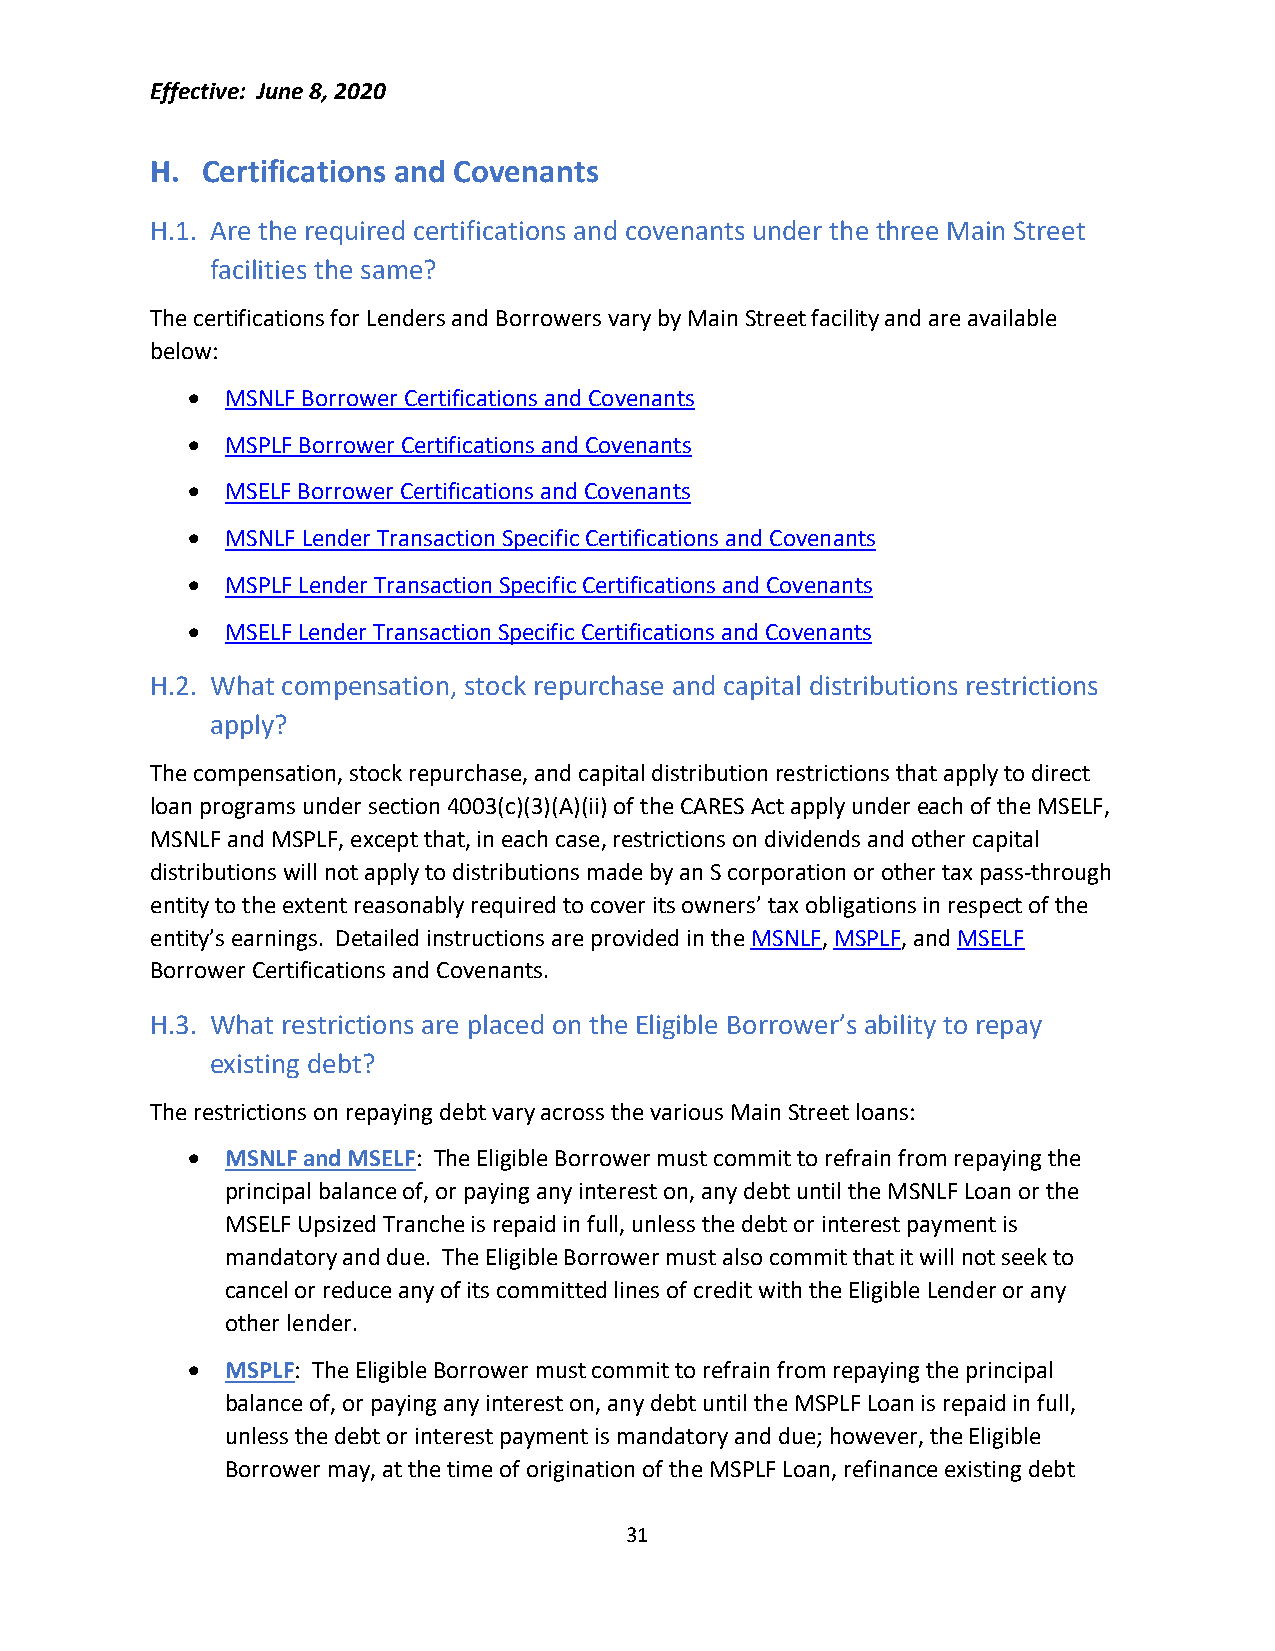
Effective: June 8, 2020
 H. Certifications and Covenants
 H.1. Are the required certifications and covenants under the three Main Street
 facilities the same?
 The certifications for Lenders and Borrowers vary by Main Street facility and are available
 below:
 •  MSNLF Borrower Certifications and Covenants
 •  MSPLF Borrower Certifications and Covenants
 •  MSELF Borrower Certifications and Covenants
 •  MSNLF Lender Transaction Specific Certifications and Covenants
 •  MSPLF Lender Transaction Specific Certifications and Covenants
 •  MSELF Lender Transaction Specific Certifications and Covenants
 H.2. What compensation, stock repurchase and capital distributions restrictions
 apply?
 The compensation, stock repurchase, and capital distribution restrictions that apply to direct
 loan programs under section 4003(c)(3)(A)(ii) of the CARES Act apply under each of the MSELF,
 MSNLF and MSPLF, except that, in each case, restrictions on dividends and other capital
 distributions will not apply to distributions made by an S corporation or other tax pass-through
 entity to the extent reasonably required to cover its owners’ tax obligations in respect of the
 entity’s earnings. Detailed instructions are provided in the MSNLF, MSPLF, and MSELF
 Borrower Certifications and Covenants.
 H.3. What restrictions are placed on the Eligible Borrower’s ability to repay
 existing debt?
 The restrictions on repaying debt vary across the various Main Street loans:
 •  MSNLF and MSELF: The Eligible Borrower must commit to refrain from repaying the
 principal balance of, or paying any interest on, any debt until the MSNLF Loan or the
 MSELF Upsized Tranche is repaid in full, unless the debt or interest payment is
 mandatory and due. The Eligible Borrower must also commit that it will not seek to
 cancel or reduce any of its committed lines of credit with the Eligible Lender or any
 other lender.
 •  MSPLF: The Eligible Borrower must commit to refrain from repaying the principal
 balance of, or paying any interest on, any debt until the MSPLF Loan is repaid in full,
 unless the debt or interest payment is mandatory and due; however, the Eligible
 Borrower may, at the time of origination of the MSPLF Loan, refinance existing debt
 31